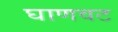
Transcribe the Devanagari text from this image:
घाणवट